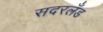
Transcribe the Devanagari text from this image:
सदरलँड